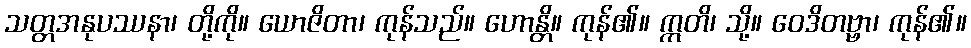
သတ္တအနုပဿနာ၊ တို့ကို။ ယောဇိတာ၊ ကုန်သည်။ ဟောန္တိ။ ကုန်၏။ ဣတိ၊ သို့။ ဝေဒိတဗ္ဗာ၊ ကုန်၏။